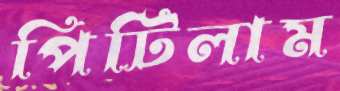
পিটিলাম